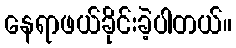
နေရာဖယ်ခိုင်းခဲ့ပါတယ်။